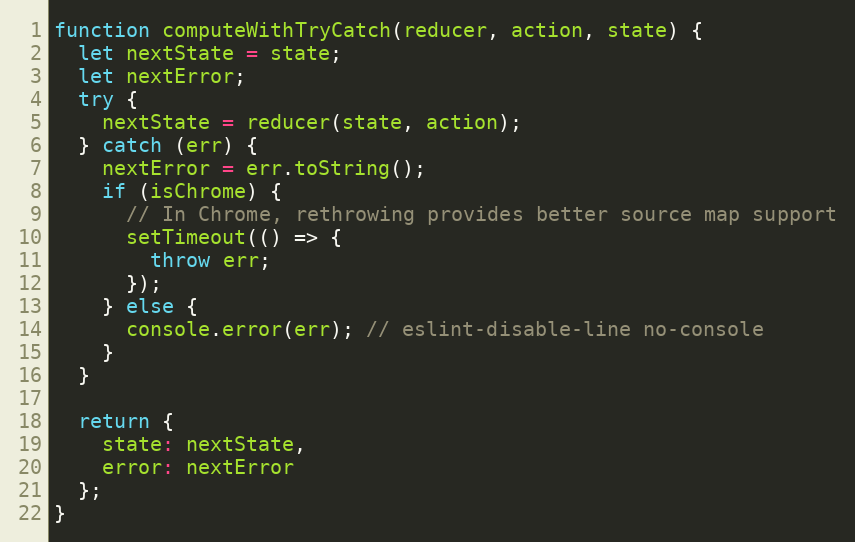
Language: JavaScript
function computeWithTryCatch(reducer, action, state) {
  let nextState = state;
  let nextError;
  try {
    nextState = reducer(state, action);
  } catch (err) {
    nextError = err.toString();
    if (isChrome) {
      // In Chrome, rethrowing provides better source map support
      setTimeout(() => {
        throw err;
      });
    } else {
      console.error(err); // eslint-disable-line no-console
    }
  }

  return {
    state: nextState,
    error: nextError
  };
}